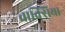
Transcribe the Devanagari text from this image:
वाक्सिया